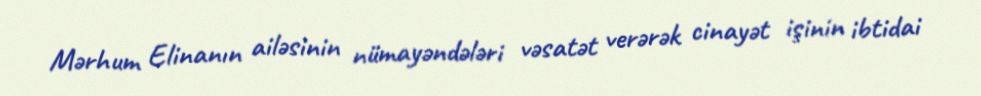
Mərhum Elinanın ailəsinin nümayəndələri vəsatət verərək cinayət işinin ibtidai